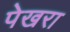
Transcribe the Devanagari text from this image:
पेखरा